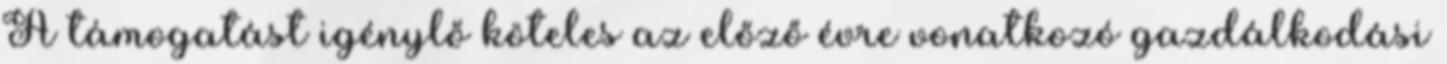
A támogatást igénylő köteles az előző évre vonatkozó gazdálkodási